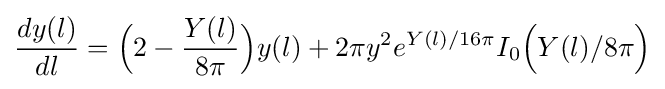
{\frac {dy(l)}{dl}}={\Big (}2-{\frac {Y(l)}{8\pi }}{\Big )}y(l)+2\pi y^{2}e^{Y(l)/16\pi }I_{0}{\Big (}Y(l)/8\pi {\Big )}